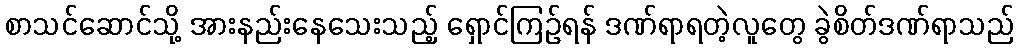
စာသင်ဆောင်သို့ အားနည်းနေသေးသည့် ရှောင်ကြဉ်ရန် ဒဏ်ရာရတဲ့လူတွေ ခွဲစိတ်ဒဏ်ရာသည်